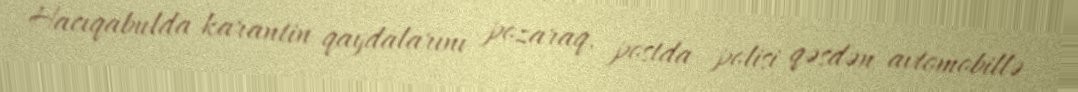
Hacıqabulda karantin qaydalarını pozaraq, postda polisi qəsdən avtomobillə